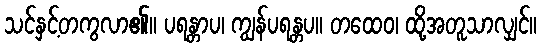
သင်နှင့်တကွလာ၏။ ပရန္တာပ၊ ကျွန်ပရန္တပ။ တထေဝ၊ ထို့အတူသာလျှင်။